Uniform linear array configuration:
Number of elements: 48
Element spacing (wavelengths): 1
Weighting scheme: blackman
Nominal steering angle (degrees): -15
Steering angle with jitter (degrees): -15.717
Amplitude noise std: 0.05
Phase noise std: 0.05

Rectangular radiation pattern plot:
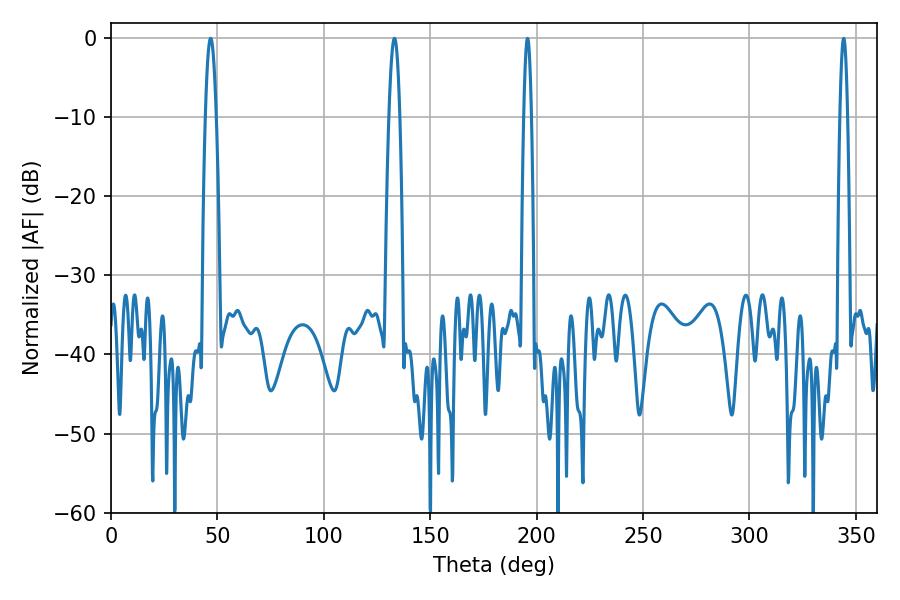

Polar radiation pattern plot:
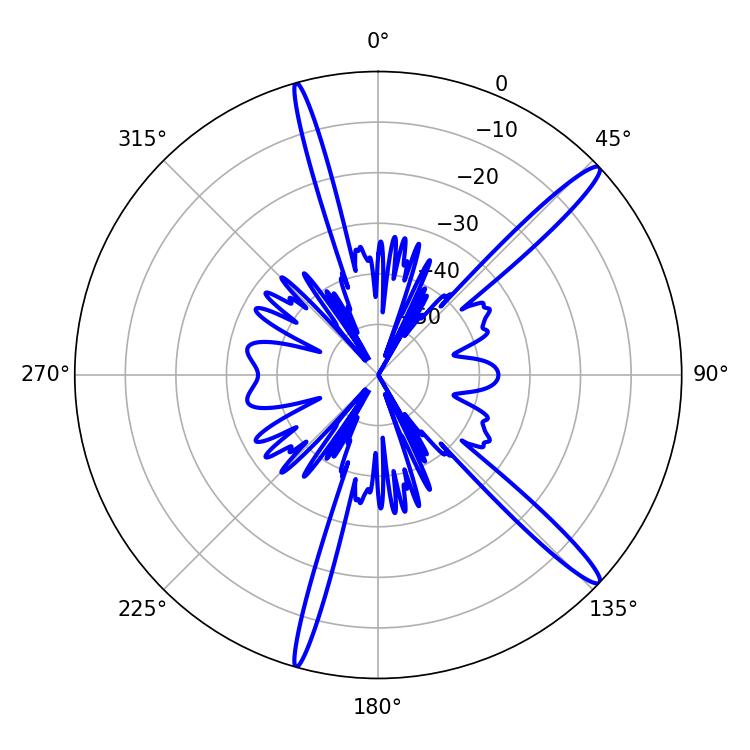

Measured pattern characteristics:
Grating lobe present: TRUE
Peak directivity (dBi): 15.418
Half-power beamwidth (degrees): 2.7
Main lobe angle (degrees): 46.8